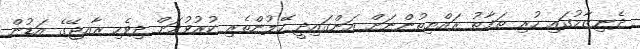
ދެނިޒާމުގައި ހުރި ތަފާތު ރައްޔިތުންނަށް އަންގައިދީ ހޭލުންތެރި ކުރުވުމަށް ދިވެހި ރާއޖޭގެ އަޑުން